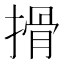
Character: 搰